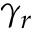
\gamma _ { r }